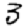
Digit: 3